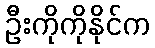
ဦးကိုကိုနိုင်က